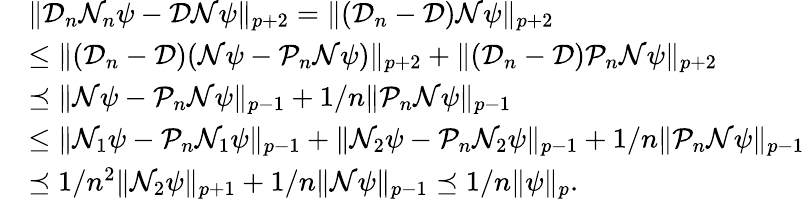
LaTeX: \begin{array}{rl}&{\| \mathcal{D}_{n}\mathcal{N}_{n}\psi-\mathcal{D}\mathcal{N}\psi\| _{p+2}=\| (\mathcal{D}_{n}-\mathcal{D})\mathcal{N}\psi\| _{p+2}}\\ &{\leq\| (\mathcal{D}_{n}-\mathcal{D})(\mathcal{N}\psi-\mathcal{P}_{n}\mathcal{N}\psi)\| _{p+2}+\| (\mathcal{D}_{n}-\mathcal{D})\mathcal{P}_{n}\mathcal{N}\psi\| _{p+2}}\\ &{\preceq\| \mathcal{N}\psi-\mathcal{P}_{n}\mathcal{N}\psi\| _{p-1}+1/n\| \mathcal{P}_{n}\mathcal{N}\psi\| _{p-1}}\\ &{\leq\| \mathcal{N}_{1}\psi-\mathcal{P}_{n}\mathcal{N}_{1}\psi\| _{p-1}+\| \mathcal{N}_{2}\psi-\mathcal{P}_{n}\mathcal{N}_{2}\psi\| _{p-1}+1/n\| \mathcal{P}_{n}\mathcal{N}\psi\| _{p-1}}\\ &{\preceq 1/n^{2}\| \mathcal{N}_{2}\psi\| _{p+1}+1/n\| \mathcal{N}\psi\| _{p-1}\preceq 1/n\| \psi\| _{p}.}\end{array}